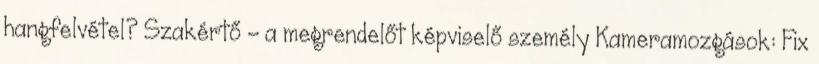
hangfelvétel? Szakértő - a megrendelőt képviselő személy Kameramozgások: Fix